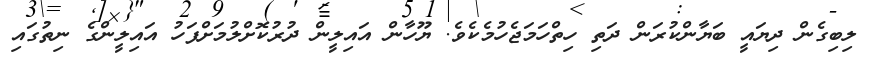
ލިބިގެން ދިޔައީ ބަޔާންކުރަން ދަތި ހިތްހަމަޖެހުމެކެވެ. ޔޫހާން އައިލީން ދުރުކޮށްލުމަށްފަހު އައިލީންގެ ނިތުގައި